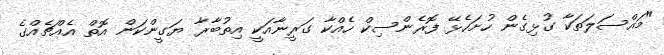
"މައްސަލަތަކާ ގުޅިގެން ހުށަހެޅޭ ފޮރެންސިކް ހެއްކާ ގަރީނާއަކީ އިތުބާރާ ޔަގީންކަން އޮތް އެއްޗެއްގެ